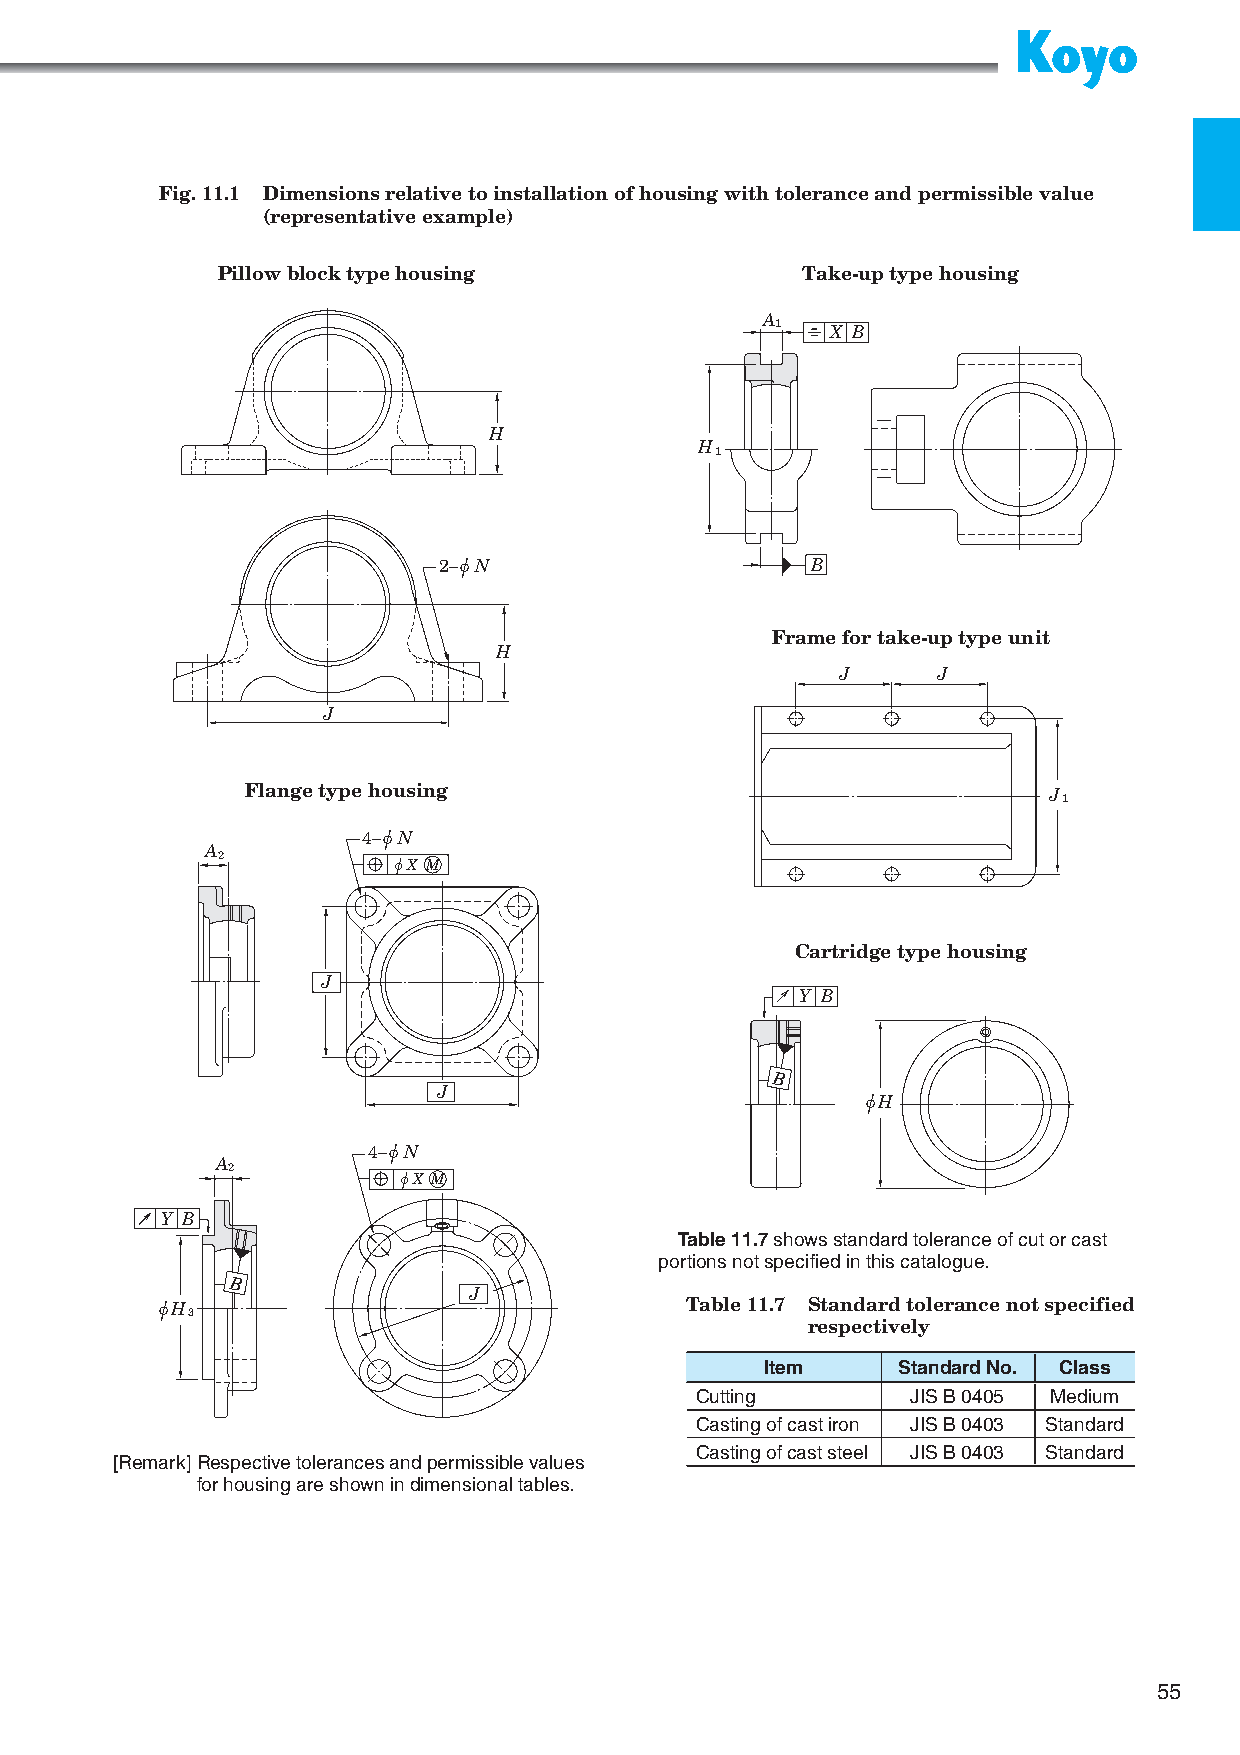
Fig. 11.1 D imensions relative to installation of housing with tolerance and permissible value
 (representative example)
 Pillow block type housing              Take-up type housing
 A
 1   X B
 H
 H
 1
 2−u N                    B
 Frame for take-up type unit
 H
 J     J
 J
 Flange type housing                                  J
 1
 4−u N
 A
 2           u X M
 Cartridge type housing
 J
 Y B
 B
 J
 uH
 4−u N
 A
 2
 u X M
 Y B
 Table 11.7 shows standard tolerance of cut or cast
 portions not specified in this catalogue.
 B
 J
 uH                                 Table 11.7 S tandard tolerance not specified
 3
 respectively
 Item     Standard No. Class
 Cutting       JIS B 0405 Medium
 Casting of cast iron JIS B 0403 Standard
 Casting of cast steel JIS B 0403 Standard
 [Remark] Respective tolerances and permissible values
 for housing are shown in dimensional tables.
 55